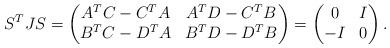
LaTeX: \begin{align*}S^T J S =\begin{pmatrix}A^T C - C^T A & A^T D - C^T B\\B^T C - D^T A & B^T D - D^T B\end{pmatrix} =\begin{pmatrix}0 & I\\-I & 0\end{pmatrix}.\end{align*}